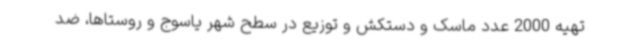
تهیه 2000 عدد ماسک و دستکش و توزیع در سطح شهر یاسوج و روستاها، ضد